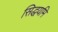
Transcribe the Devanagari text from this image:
सिद्धयमि